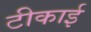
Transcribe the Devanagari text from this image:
टीकाई